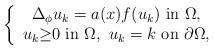
LaTeX: \begin{align*} \left\{\begin{array}{c} \Delta_\phi u_k=a(x)f(u_k)\ \mbox{in}\ \Omega,\\u_k{\geq}0\ \mbox{in}\ \Omega,\ u_k=k\ \mbox{on}\ \partial\Omega,\end{array}\right.\end{align*}